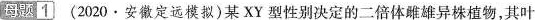
母题1 (2020·安徽定远模拟)某XY型性别决定的二倍体雌雄异株植物，其叶